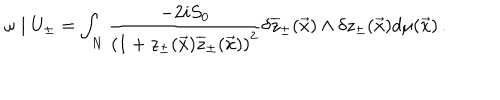
LaTeX: \omega \mid U _ { \pm } = \int _ { N } \frac { - 2 i S _ { 0 } } { \left( 1 + z _ { \pm } ( \vec { x } ) \overline { { { z } } } _ { \pm } ( \vec { x } ) \right) ^ { 2 } } \delta \overline { { { z } } } _ { \pm } ( \vec { x } ) \wedge \delta z _ { \pm } ( \vec { x } ) d \mu ( \vec { x } ) \, .